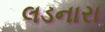
લડનારા